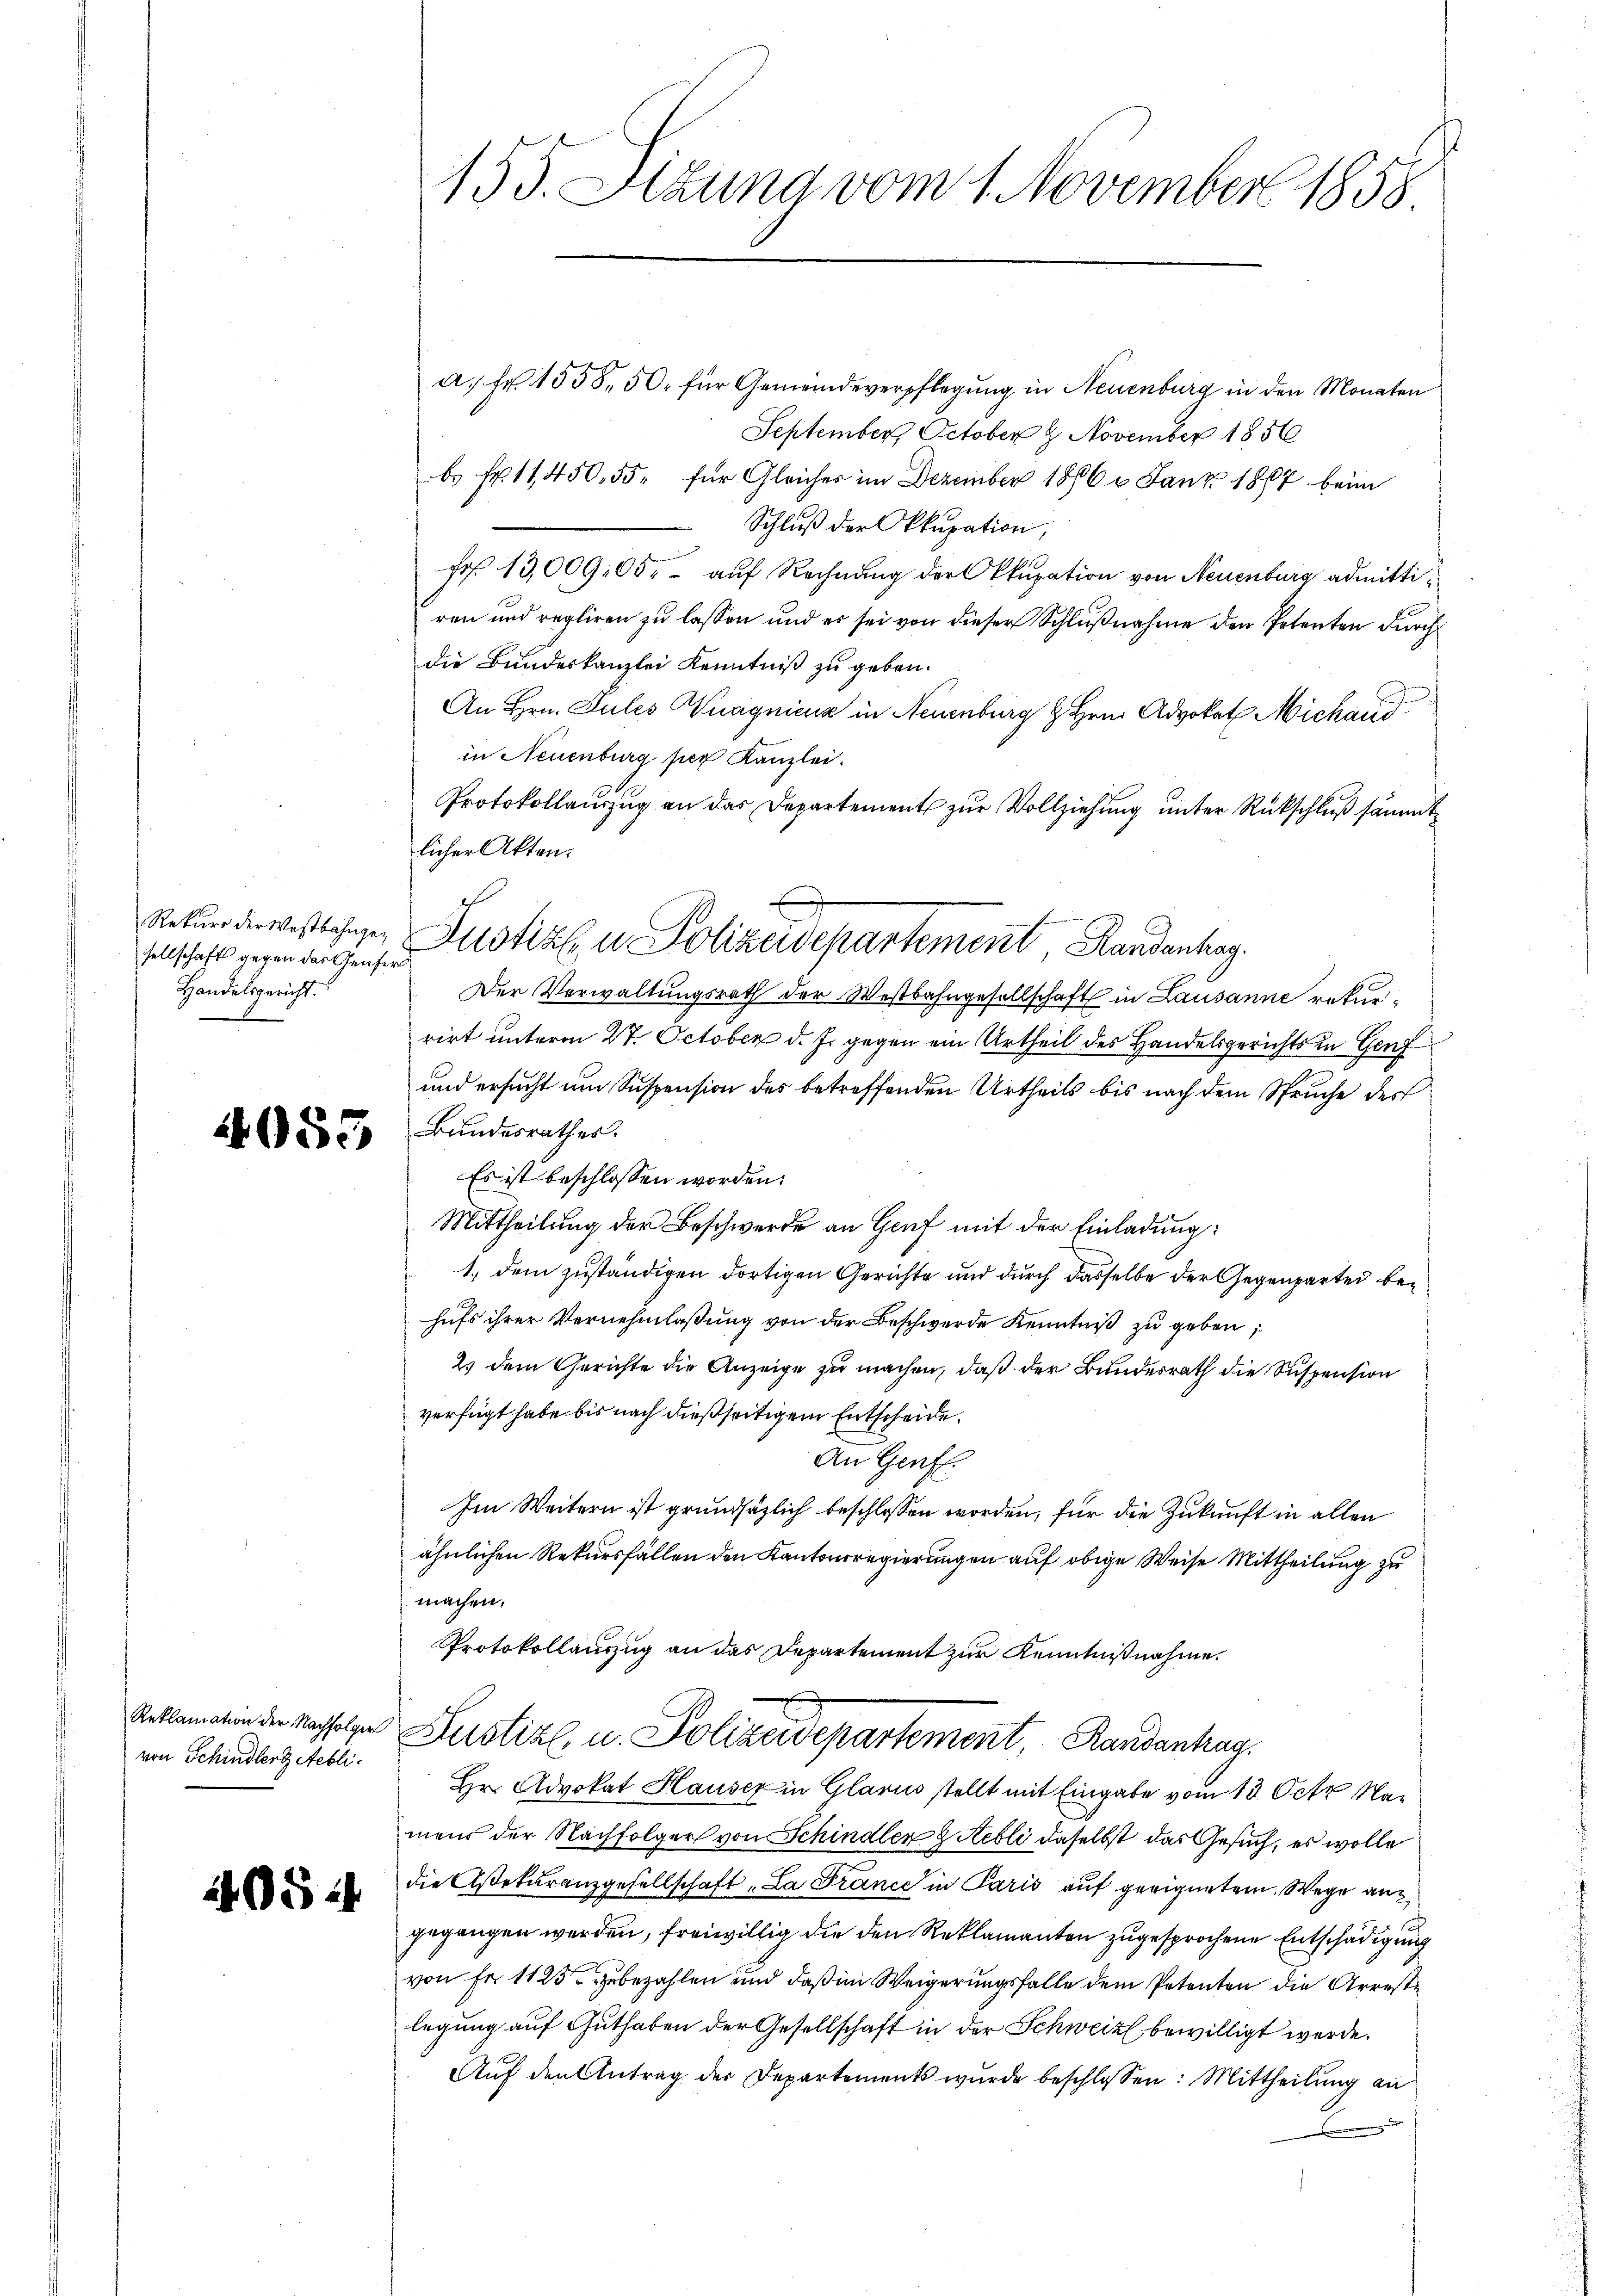
Rekurs der Westbahngesellschaft gegen das Genfer
Handelsgericht.

4055

Reklamation der Nachfolger
von Schindlert Aebli

4.524

155. Stzung vom 1. November 1858.

a. Fr. 1558. 50. für Gemeindeverpflegung in Neuenburg in den Monaten
September October 8 November 1856
b. Fr. 11450, 55. für Gleicher im Dezember 1886 2 Janz 1867 beim
Schluß der Okkupation,
Fr. 13,00905. - auf Rechnung der Okkupation von Neuenburg admittiren und regliren zu lassen und es sei von dieser Schlußnahme den Petenten durch
die Bundeskanzlei Kenntniß zu geben.
An Hrn. Zules Wuagnienz in Neuenburg & Hrn. Advokat Michaud
in Neuenburg per Kanzlei.
Protokollauszug an das Departement zur Vollziehung unter Rückschluß sämmt
licher Akten.
Der Verwaltungsrath der Westbahngesellschaft in Lausanne rekurrirt unterm 27. October d. J. gegen ein Urtheil des Handelsgerichts in Genf
und ersucht um Suspension des betreffenden Urtheils bis nach dem Spruche der
Bundesrathes.
Es ist beschlossen worden.
Mittheilung der Beschwerde an Genf mit der Einladung:
1.) dem zuständigen dortigen Gerichte und durch dasselbe der Gegenpartei behufs ihrer Vernehmlassung von der Beschwerde Kenntniβ zŭ geben;
2) dem Gerichte die Anzeige zu machen, daß der Bundesrath die Suspension
verfügt habe bis nach dießseitigem Entscheide.
An Genf.
Im Weitern ist grundsätzlich beschlossen worden, für die Zukunft in allen
ähnlichen Rekursfällen den Kantonsregierungen auf obige Weise Mittheilung zu
machen.
Protokollanzug an das Departement zur Kenntnißnahme.
Lustire u. Polizeidepartement, Handenhag
Hr. Advokat Hausex in Glarus stellt mit Eingabe vom 13. Octr N
mens der Nachfolger von Schindlen gebli daselbst das Gesuch, es wolle
die Assekuranzgesellschaft „La France in Paris auf geeignetem Wege angegangen werden, freiwillig die den Reklamanten zugesprochene Entschädigung
von Fr. 1125 zu bezahlen und daß im Weigerungsfalle dem Petenten die Arreste
legung auf Guthaben der Gesellschaft in der Schweiz bewilligt werde.
Auf den Antrag der Departements wurde beschlossen: Mittheilung an

ch

Justiz u. Polizeidepartement Handenhag